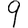
Digit: 9